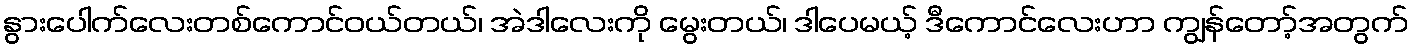
နွားပေါက်လေးတစ်ကောင်ဝယ်တယ်၊ အဲဒါလေးကို မွေးတယ်၊ ဒါပေမယ့် ဒီကောင်လေးဟာ ကျွန်တော့်အတွက်